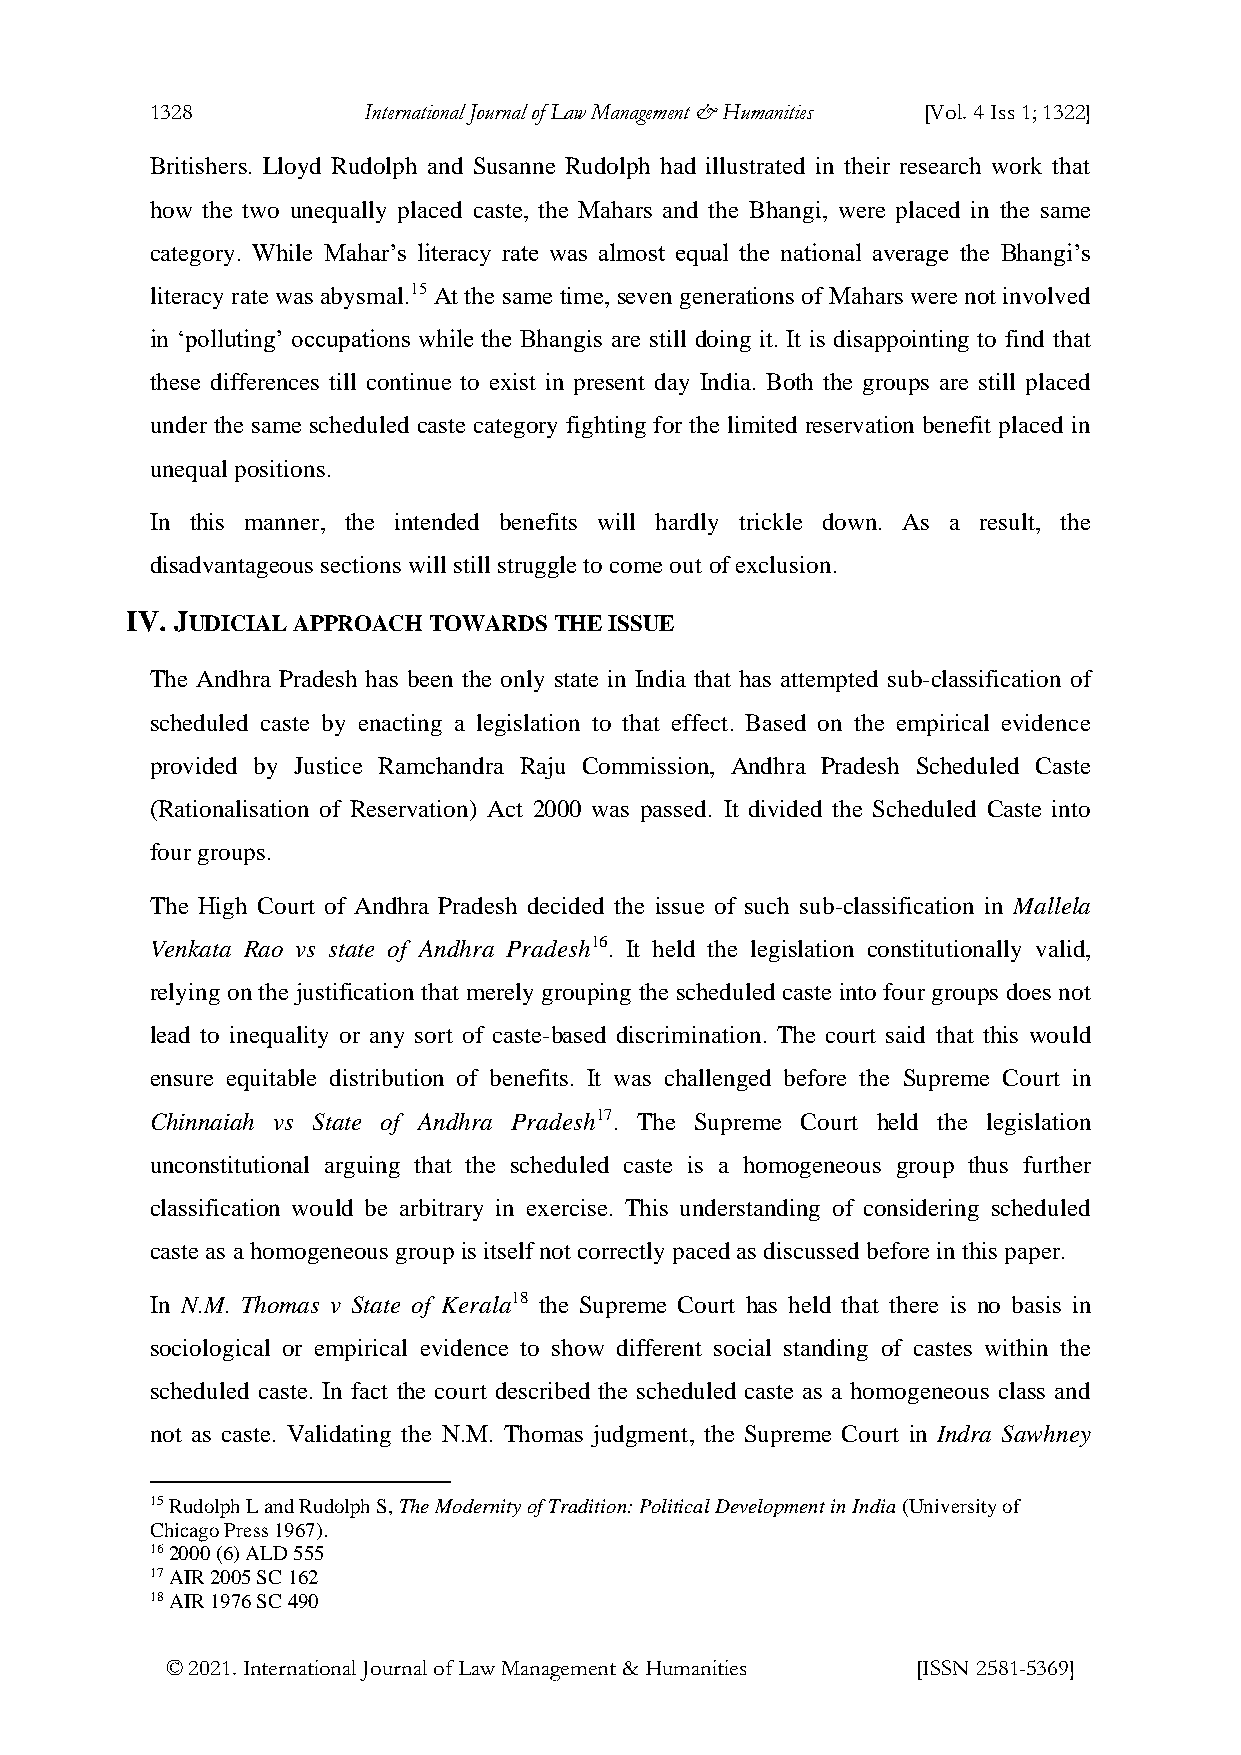
1328          International Journal of Law Management & Humanities [Vol. 4 Iss 1; 1322]
 Britishers. Lloyd Rudolph and Susanne Rudolph had illustrated in their research work that
 how the two unequally placed caste, the Mahars and the Bhangi, were placed in the same
 category. While Mahar’s literacy rate was almost equal the national average the Bhangi’s
 literacy rate was abysmal.15 At the same time, seven generations of Mahars were not involved
 in ‘polluting’ occupations while the Bhangis are still doing it. It is disappointing to find that
 these differences till continue to exist in present day India. Both the groups are still placed
 under the same scheduled caste category fighting for the limited reservation benefit placed in
 unequal positions.
 In this manner, the intended benefits will hardly trickle down. As a result, the
 disadvantageous sections will still struggle to come out of exclusion.
 IV. JUDICIAL APPROACH TOWARDS THE ISSUE
 The Andhra Pradesh has been the only state in India that has attempted sub-classification of
 scheduled caste by enacting a legislation to that effect. Based on the empirical evidence
 provided by Justice Ramchandra Raju Commission, Andhra Pradesh Scheduled Caste
 (Rationalisation of Reservation) Act 2000 was passed. It divided the Scheduled Caste into
 four groups.
 The High Court of Andhra Pradesh decided the issue of such sub-classification in Mallela
 Venkata Rao vs state of Andhra Pradesh16. It held the legislation constitutionally valid,
 relying on the justification that merely grouping the scheduled caste into four groups does not
 lead to inequality or any sort of caste-based discrimination. The court said that this would
 ensure equitable distribution of benefits. It was challenged before the Supreme Court in
 Chinnaiah vs State of Andhra Pradesh17. The Supreme Court held the legislation
 unconstitutional arguing that the scheduled caste is a homogeneous group thus further
 classification would be arbitrary in exercise. This understanding of considering scheduled
 caste as a homogeneous group is itself not correctly paced as discussed before in this paper.
 In N.M. Thomas v State of Kerala18 the Supreme Court has held that there is no basis in
 sociological or empirical evidence to show different social standing of castes within the
 scheduled caste. In fact the court described the scheduled caste as a homogeneous class and
 not as caste. Validating the N.M. Thomas judgment, the Supreme Court in Indra Sawhney
 15 Rudolph L and Rudolph S, The Modernity of Tradition: Political Development in India (University of
 Chicago Press 1967).
 16 2000 (6) ALD 555
 17 AIR 2005 SC 162
 18 AIR 1976 SC 490
 © 2021. International Journal of Law Management & Humanities [ISSN 2581-5369]